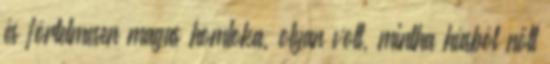
és förtelmesen magas homloka, olyan volt, mintha húsból nőtt